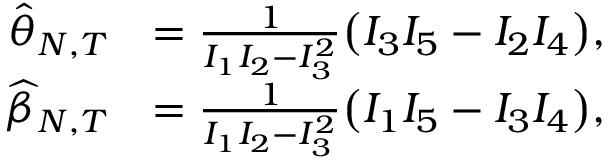
\begin{array} { r l } { \widehat { \theta } _ { N , T } } & { = \frac { 1 } { I _ { 1 } I _ { 2 } - I _ { 3 } ^ { 2 } } \big ( I _ { 3 } I _ { 5 } - I _ { 2 } I _ { 4 } \big ) , } \\ { \widehat { \beta } _ { N , T } } & { = \frac { 1 } { I _ { 1 } I _ { 2 } - I _ { 3 } ^ { 2 } } \big ( I _ { 1 } I _ { 5 } - I _ { 3 } I _ { 4 } \big ) , } \end{array}